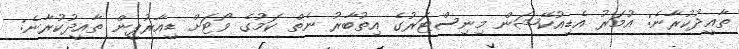
ތާއީދުކުރާނެ: އުމަރު އެޑިއުކޭޝަން މިނިސްޓަރުގެ އިތުބާރު ނެތް ކަމުގެ ވޯޓަށް ޑީއާރުޕީން ތާއީދުކުރާނެ: